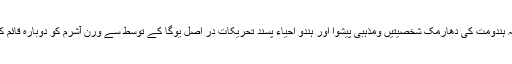
یہی وجہ ہے کہ ہندومت کی دھارمک شخصیتیں ومذہبی پیشوا اور ہندو احیاء پسند تحریکات در اصل یوگا کے توسط سے ورن آشرم کو دوبارہ قائم کرنا چاہتے ہیں۔